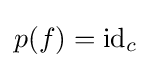
p(f)={\text{id}}_{c}